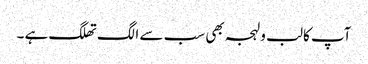
آپ کا لب و لہجہ بھی سب سے الگ تھلگ ہے ۔